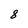
Character: 8